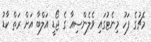
މެޗުގެ ފަހު މިނެޓުގައި ވެލެންސިއާ ގެ ޖޯޑީ އަލްބާ އަށް ރަތް ކާޑު